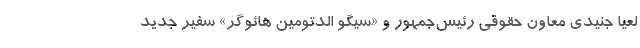
لعیا جنیدی معاون حقوقی رئیس‌جمهور و «سیگو الدتومین هائوگر» سفیر جدید